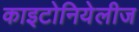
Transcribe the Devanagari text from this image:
काइटोनियेलीज